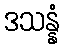
ဒသန္နံ